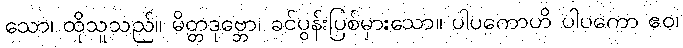
သော၊ ထိုသူသည်။ မိတ္တဒုဗ္ဘော၊ ခင်ပွန်းပြစ်မှားသော။ ပါပကောဟိ ပါပကော ဧဝ၊